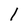
Character: 1